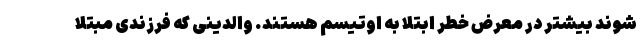
شوند بیشتر در معرض خطر ابتلا به اوتیسم هستند. والدینی که فرزندی مبتلا